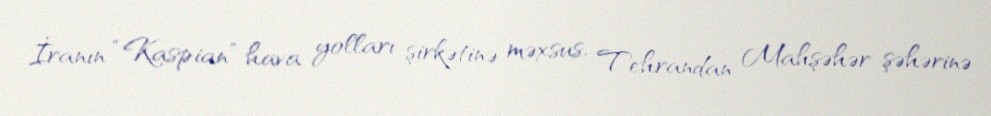
İranın “Kaspian” hava yolları şirkətinə məxsus, Tehrandan Mahşəhər şəhərinə